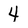
Character: 4